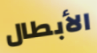
الأبطال